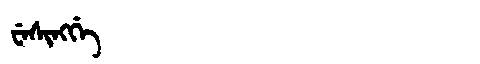
Manchu: ᠸᡝᠰᡳᠩᡤᡝ
Romanization: WESINGGE